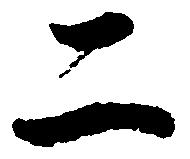
二